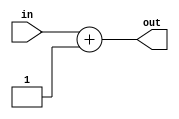
module tlu_incr64 ( in, out );

  input  [63:0] in;

  output [63:0] out;   // result of increment

  assign out = in + 64'h01;

endmodule